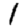
Digit: 1